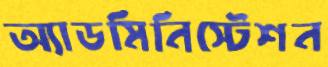
অ্যাডমিনিস্টেশন